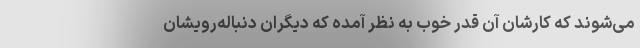
می‌شوند که کارشان آن قدر خوب به‌ نظر آمده که دیگران دنباله‌رویشان